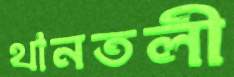
থানতলী